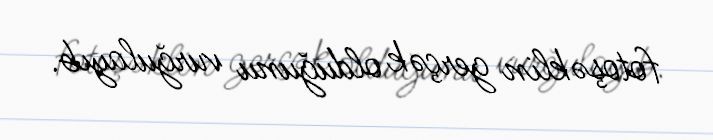
fotoşəklin gerçək olduğunu vurğulayıb.